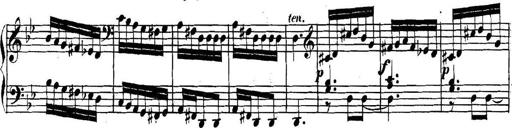
Title: Collected Piano Sonatas
Composer: Muzio Clementi